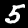
Digit: 5